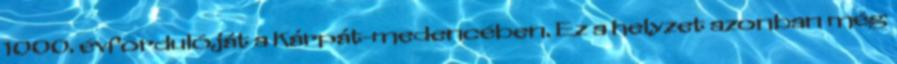
1000. évfordulóját a Kárpát-medencében. Ez a helyzet azonban még